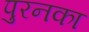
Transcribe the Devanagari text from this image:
पुरनका